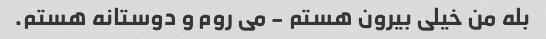
بله من خیلی بیرون هستم - می روم و دوستانه هستم.